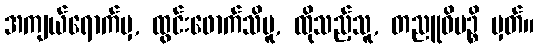
အကျယ်ရောက်မှ, ထွင်းဖောက်သိမူ, ထိုသည့်သူ, တညူဝိပဉ္စိ မှတ်။